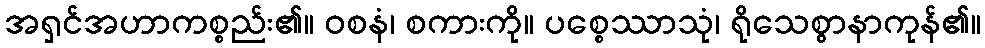
အရှင်အဟာကစ္စည်း၏။ ဝစနံ၊ စကားကို။ ပစ္စေဿာသုံ၊ ရိုသေစွာနာကုန်၏။